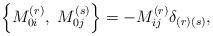
LaTeX: \begin{align*}\left\{ M_{0i}^{(r)},\ M_{0j}^{(s)}\right\} =-M_{ij}^{(r)}\delta _{\left(r\right) \left( s\right) }, \end{align*}